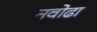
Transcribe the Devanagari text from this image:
नवोढा